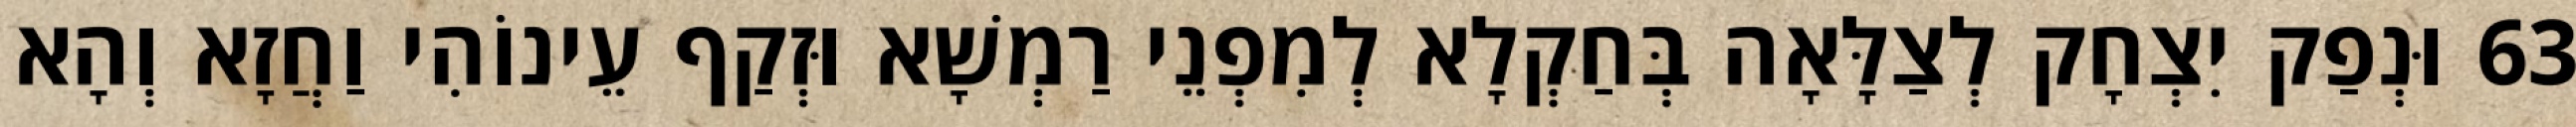
63 וּנְפַק יִצְחָק לְצַלָּאָה בְּחַקְלָא לְמִפְנֵי רַמְשָׁא וּזְקַף עֵינוֹהִי וַחֲזָא וְהָא